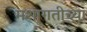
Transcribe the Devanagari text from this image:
मशागतीच्या